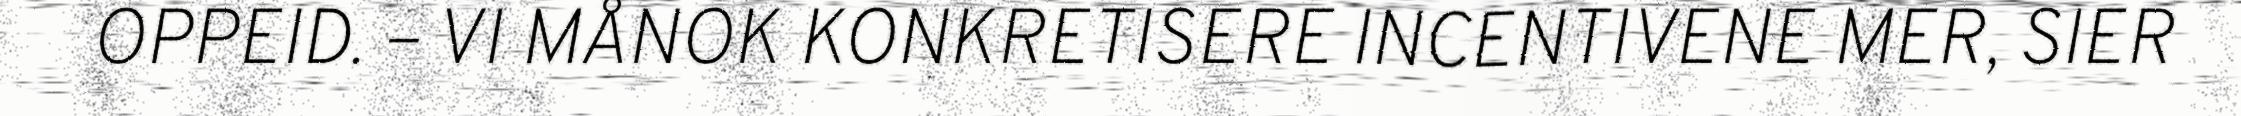
OPPEID. – VI MÅNOK KONKRETISERE INCENTIVENE MER, SIER